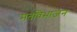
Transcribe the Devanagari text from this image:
मतविभाजन